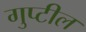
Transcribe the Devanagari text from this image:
गुप्टील